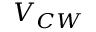
V _ { C W }